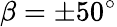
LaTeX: \beta=\pm 50^{\circ}